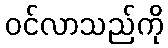
ဝင်လာသည်ကို